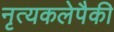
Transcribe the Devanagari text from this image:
नृत्यकलेपैकी